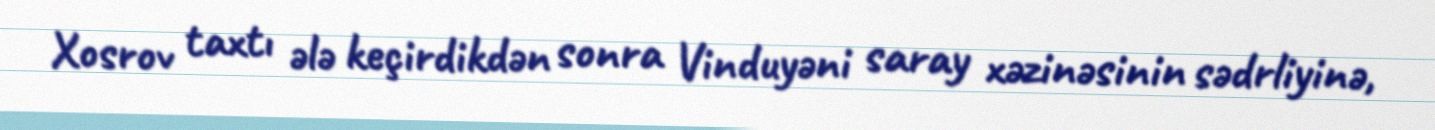
Xosrov taxtı ələ keçirdikdən sonra Vinduyəni saray xəzinəsinin sədrliyinə,